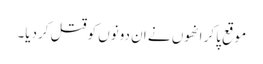
موقع پاکر انھوں نے ان دونوں کو قتل کردیا۔